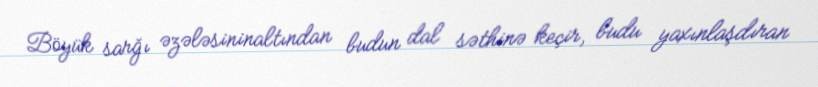
Böyük sarğı əzələsininaltından budun dal səthinə keçir, budu yaxınlaşdıran